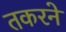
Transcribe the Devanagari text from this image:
तकरने